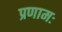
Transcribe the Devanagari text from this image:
प्रणामः